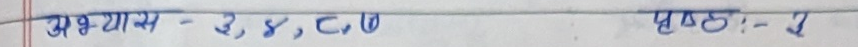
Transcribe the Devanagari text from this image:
अध्याय - २, ४, ८, १० पृष्ठ : - ५